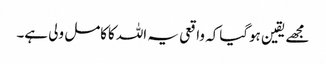
مجھے یقین ہوگیاکہ واقعی یہ اللہ کاکامل ولی ہے۔